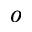
o